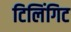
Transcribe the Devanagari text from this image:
टिलिंगिट